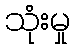
သုံးမှု